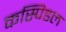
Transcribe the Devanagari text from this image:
कस्पिडल